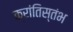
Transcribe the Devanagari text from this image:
क्रांतिस्तंभ